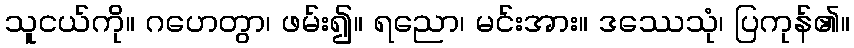
သူငယ်ကို။ ဂဟေတွာ၊ ဖမ်း၍။ ရညော၊ မင်းအား။ ဒဿေသုံ၊ ပြကုန်၏။